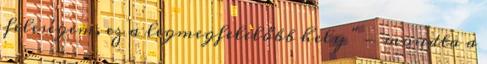
feleségem, ez a legmegfelelőbb hely " - mondta a